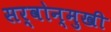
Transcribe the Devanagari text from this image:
सर्वोन्मुखी